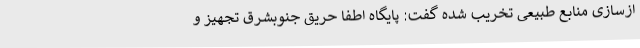
ازسازی منابع طبیعی تخریب شده گفت: پایگاه اطفا حریق جنوبشرق تجهیز و